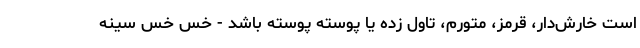
است خارش‌دار، قرمز، متورم، تاول زده یا پوسته پوسته باشد - خس خس سینه